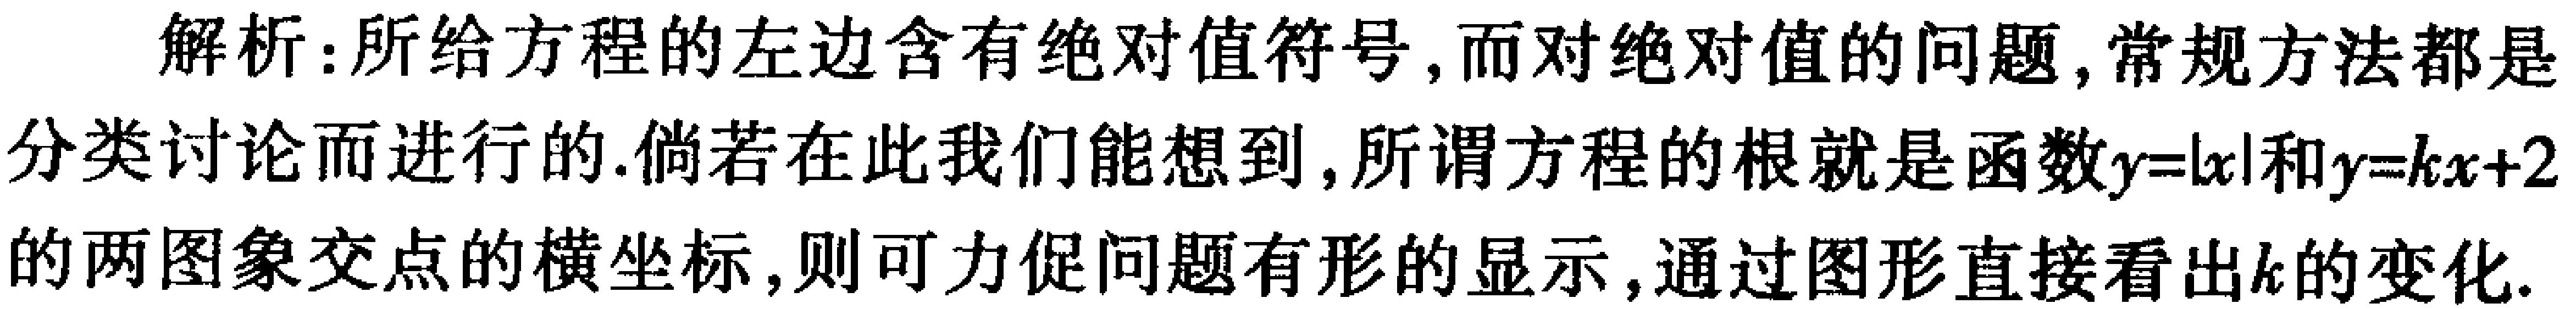
解析：所给方程的左边含有绝对值符号, 而对绝对值的问题, 常规方法都是分类讨论而进行的. 倘若在此我们能想到, 所谓方程的根就是函数\(y = |x|\)和\(y=kx + 2\)的两图象交点的横坐标, 则可力促问题有形的显示, 通过图形直接看出\(k\)的变化.